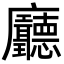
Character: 𢌖